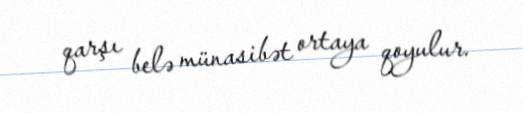
qarşı belə münasibət ortaya qoyulur.